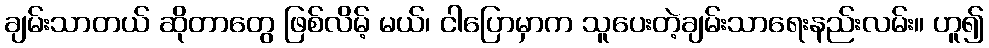
ချမ်းသာတယ် ဆိုတာတွေ ဖြစ်လိမ့် မယ်၊ ငါပြောမှာက သူပေးတဲ့ချမ်းသာရေးနည်းလမ်း။ ဟူ၍